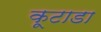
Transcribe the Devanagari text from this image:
कूटाडा